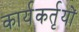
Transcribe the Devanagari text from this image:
कार्यकर्तृयों